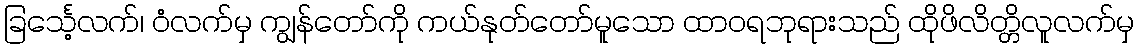
ခြင်္သေ့လက်၊ ဝံလက်မှ ကျွန်တော်ကို ကယ်နုတ်တော်မူသော ထာဝရဘုရားသည် ထိုဖိလိတ္တိလူလက်မှ